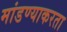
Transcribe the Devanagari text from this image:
मांडण्याकरता